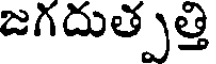
జగదుత్పత్తి